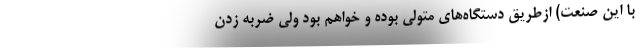
با این صنعت) ازطریق دستگاه‌های متولی بوده و خواهم بود ولی ضربه زدن